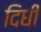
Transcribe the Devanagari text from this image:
दिधी